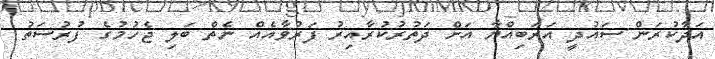
އަދާކުރަން ސައުދީ އަރަބިއްޔާ އަށް ދަތުރުކުރާއިރު ފަރުވާއެއް ނެތް ބަލި ޖެހުމުގެ ފުރުސަތު